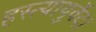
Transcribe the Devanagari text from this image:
हस्त्यायुर्वेद।